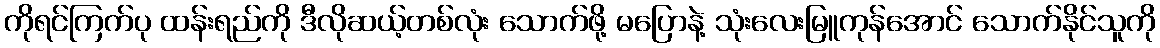
ကိုရင်ကြက်ပု ထန်းရည်ကို ဒီလိုဆယ့်တစ်လုံး သောက်ဖို့ မပြောနဲ့ သုံးလေးမြူကုန်အောင် သောက်နိုင်သူကို